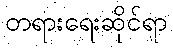
တရားရေးဆိုင်ရာ